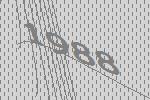
1988